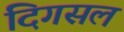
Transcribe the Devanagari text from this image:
दिगसल